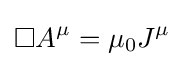
\Box A^{\mu }=\mu _{0}J^{\mu }